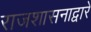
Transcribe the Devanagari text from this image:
राजशासनाद्वारे